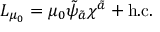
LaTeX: { \cal L } _ { \mu _ { 0 } } = \mu _ { 0 } \tilde { \psi } _ { \tilde { a } } \chi ^ { \tilde { a } } + \mathrm { h . c . }